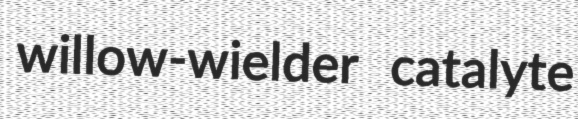
willow-wielder catalyte